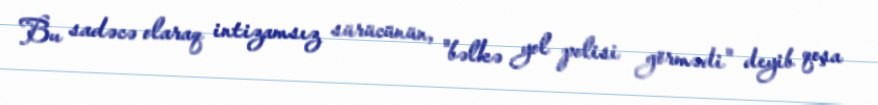
Bu sadəcə olaraq intizamsız sürücünün, "bəlkə yol polisi görmədi" deyib qoşa